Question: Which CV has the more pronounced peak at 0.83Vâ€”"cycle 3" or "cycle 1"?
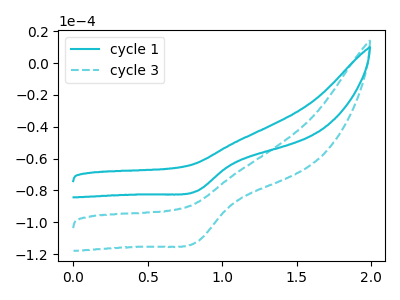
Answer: <think>The cyan curve "cycle 1" has a cathodic peak at: (0.85V, -80.55uA). The cyan dashed curve "cycle 3" has a cathodic peak at: (0.85V, -112.60uA).</think>
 <answer>The peak at 0.83V is higher in "cycle 3" than in "cycle 1".</answer>
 <eval>higher</eval>